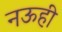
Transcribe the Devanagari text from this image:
नऊही